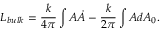
L _ { b u l k } = \frac { k } { 4 \pi } \int A \dot { A } - \frac { k } { 2 \pi } \int A d A _ { 0 } .